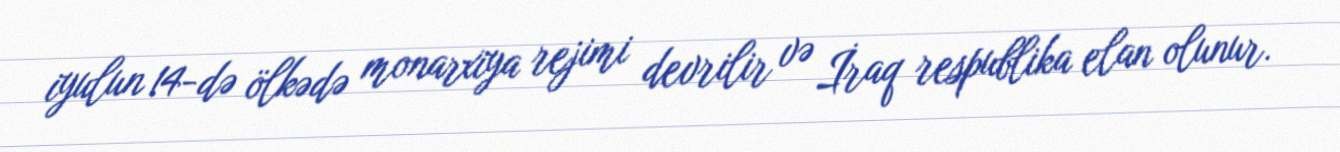
iyulun 14-də ölkədə monarxiya rejimi devrilir və İraq respublika elan olunur.